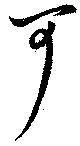
可